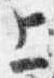
上